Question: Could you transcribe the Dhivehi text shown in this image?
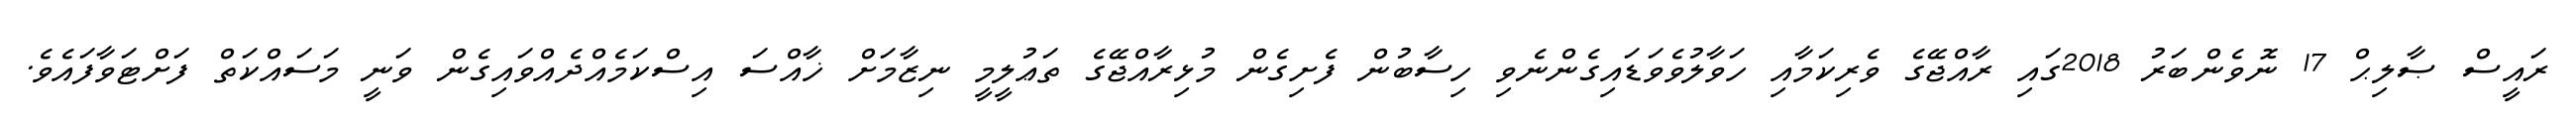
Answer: ރައީސް ޞާލިޙް 17 ނޮވެންބަރު 2018ގައި ރާއްޖޭގެ ވެރިކަމާއި ހަވާލުވެވަޑައިގެންނެވި ހިސާބުން ފެށިގެން މުޅިރާއްޖޭގެ ތަޢުލީމީ ނިޒާމަށް ޚާއްސަ އިސްކަމެއްދެއްވައިގެން ވަނީ މަސައްކަތް ފަށްޓަވާފައެވެ.